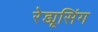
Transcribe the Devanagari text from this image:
रेड्यूसिंग